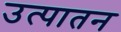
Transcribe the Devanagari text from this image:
उत्पातन